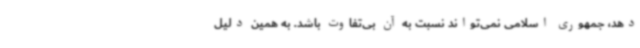
دهد، جمهوری اسلامی نمی‌تواند نسبت به آن بی‌تفاوت باشد. به همین دلیل